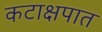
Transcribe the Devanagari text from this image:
कटाक्षपात